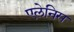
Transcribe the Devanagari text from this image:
एलेनिस